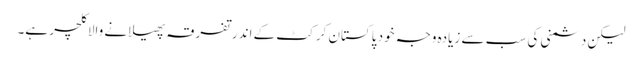
لیکن دشمنی کی سب سے زیادہ وجہ خود پاکستان کرکٹ کے اندر تفرقہ پھیلانے والا کلچر ہے۔